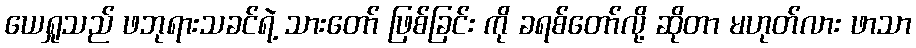
ယေရှုသည် ဖဘုရားသခင်ရဲ့ သားတော် ဖြစ်ခြင်း ကို ခရစ်တော်လို့ ဆိုတာ မဟုတ်လား ဖာသာ